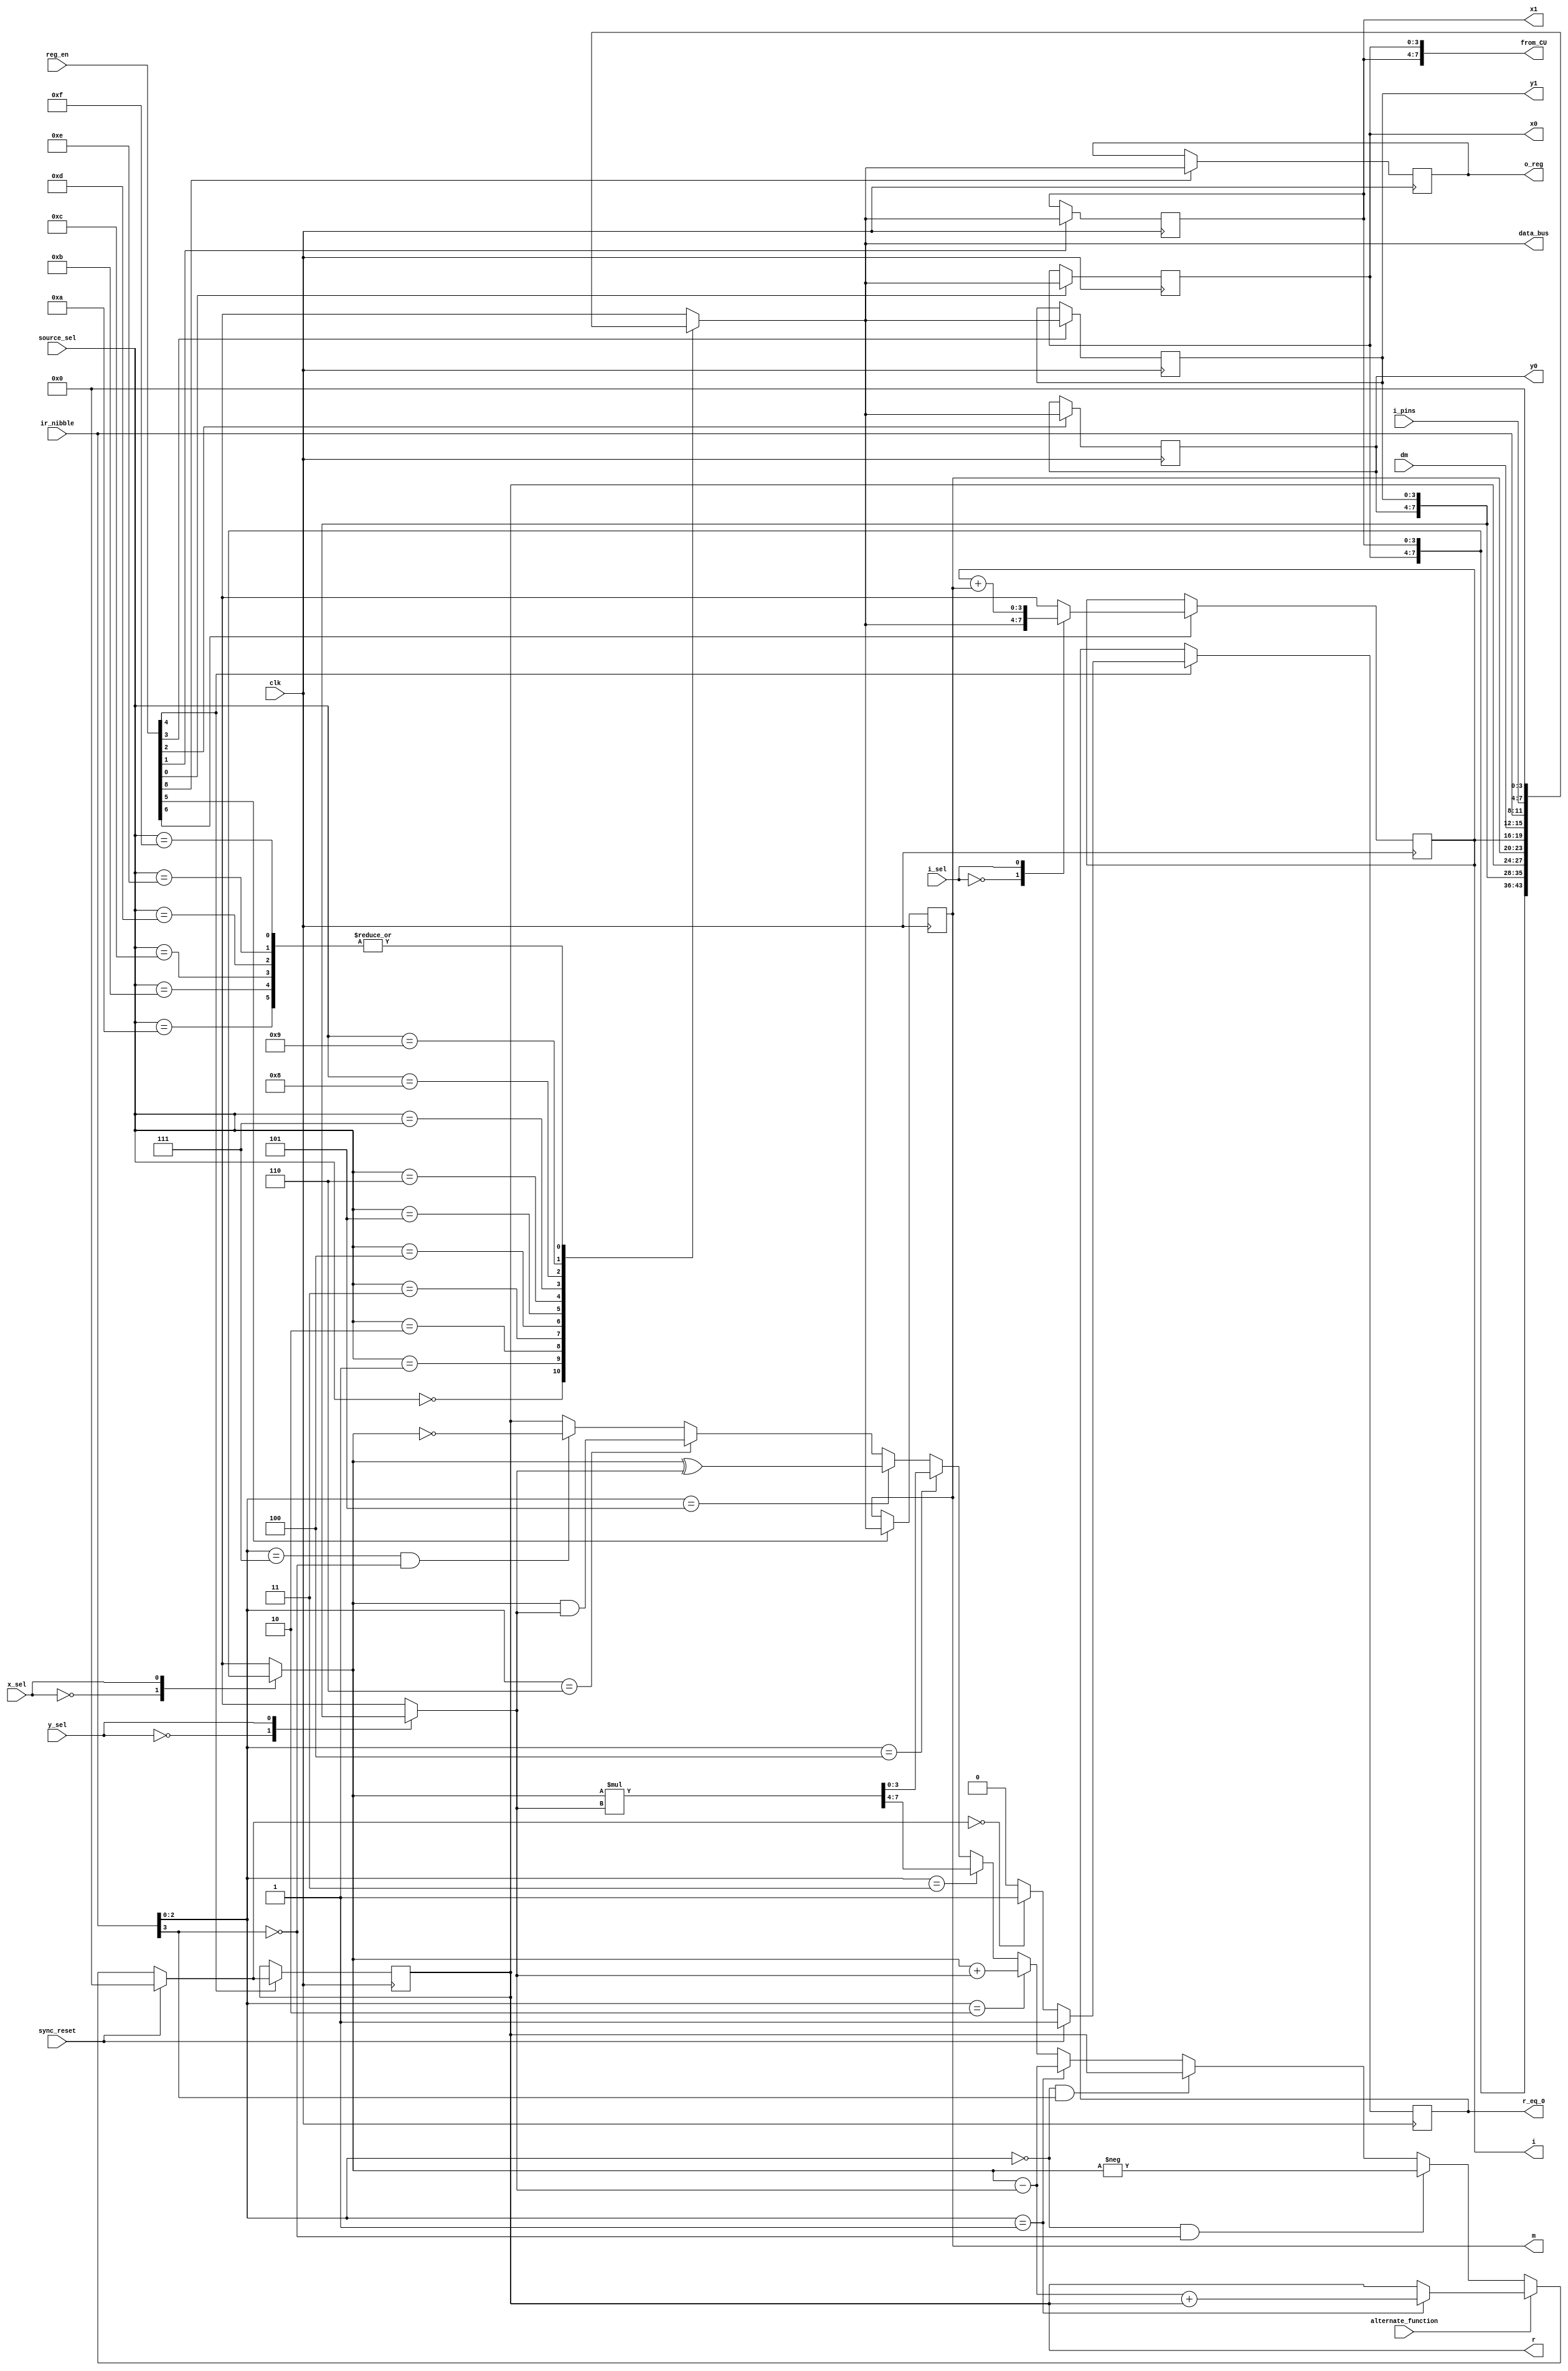
module Computational_unit_Q13(clk, sync_reset, r_eq_0, i_pins, ir_nibble, 
									i_sel, y_sel, x_sel, source_sel, reg_en,
									i, data_bus, dm, o_reg, from_CU,
									x0, x1, y0, y1, r, m, alternate_function
									);
						
input clk, sync_reset, i_sel, x_sel, y_sel, alternate_function;
input [3:0] i_pins, dm, source_sel, ir_nibble;
input [8:0] reg_en;
output reg r_eq_0;
output reg [3:0] i, o_reg, data_bus;
output reg [3:0] x0, x1, y0, y1, r, m;
output reg [7:0] from_CU;

reg alu_out_eq_0;
reg [2:0] alu_function;
reg [3:0] x, y, pm_data, i_mux, alu_out;
reg [7:0] alu_xy;

always @ *
from_CU = {x1, x0};

always @ *
pm_data = ir_nibble;

always @ *
alu_function = ir_nibble[2:0];

always @ *
case(source_sel)
	4'd0:	data_bus = x0;
	4'd1:	data_bus = x1;
	4'd2:	data_bus = y0;
	4'd3:	data_bus = y1;
	4'd4:	data_bus = r;
	4'd5:	data_bus = m;
	4'd6:	data_bus = i;
	4'd7:	data_bus = dm;
	4'd8:	data_bus = pm_data;
	4'd9:	data_bus = i_pins;
	4'd10:data_bus = 4'h0;
	4'd11:data_bus = 4'h0;
	4'd12:data_bus = 4'h0;
	4'd13:data_bus = 4'h0;
	4'd14:data_bus = 4'h0;
	4'd15:data_bus = 4'h0;
endcase

always @ (posedge clk)
if (reg_en[6] == 1'b1)
	i = i_mux;
else
	i = i;
	
always @ *
case(i_sel)
	1'd0:	i_mux = data_bus;
	1'd1:	i_mux = i + m;
endcase

always @ (posedge clk)
if (reg_en[5] == 1'b1)
	m = data_bus;
else
	m = m;

always @ (posedge clk)
if (reg_en[8] == 1'b1)
	o_reg = data_bus;
else
	o_reg = o_reg;
	
always @ (posedge clk)
if (reg_en[0] == 1'b1)
	x0 = data_bus;
else
	x0 = x0;
	
always @ (posedge clk)
if (reg_en[1] == 1'b1)
	x1 = data_bus;
else
	x1 = x1;
	
always @ (posedge clk)
if (reg_en[2] == 1'b1)
	y0 = data_bus;
else
	y0 = y0;
	
always @ (posedge clk)
if (reg_en[3] == 1'b1)
	y1 = data_bus;
else
	y1 = y1;
	
always @ *
case(x_sel)
	1'b0:	x = x0;
	1'b1:	x = x1;
endcase

always @ *
case(y_sel)
	1'b0:	y = y0;
	1'b1:	y = y1;
endcase

always @ (posedge clk)
if (reg_en[4] == 1'b1)
	r_eq_0 = alu_out_eq_0;
else
	r_eq_0 = r_eq_0;
	
always @ (posedge clk)
if (reg_en[4] == 1'b1)
	r = alu_out;
else
	r = r;
	
always @ *
alu_xy = x*y;
	
always @ *
if (sync_reset == 1'b1)
	alu_out = 4'h0;
else if (alternate_function)
	if (alu_function == 3'h1)
		alu_out = x - y + r;
	else
		alu_out = r;
else if ((alu_function == 3'b000) && (ir_nibble[3] == 1'b0))
	alu_out = -x;
else if ((alu_function == 3'b000) && (ir_nibble[3] == 1'b1))
	alu_out = r;
else if (alu_function == 3'b001)
	alu_out = x - y;
else if (alu_function == 3'b010)
	alu_out = x + y;
else if (alu_function == 3'b011)
	alu_out = alu_xy[7:4];
else if (alu_function == 3'b100)
	alu_out = alu_xy[3:0];
else if (alu_function == 3'b101)
	alu_out = x^y;
else if (alu_function == 3'b110)
	alu_out = x&y;
else if ((alu_function == 3'b111) && (ir_nibble[3] == 1'b0))
	alu_out = ~x;
else if ((alu_function == 3'b111) && (ir_nibble[3] == 1'b1))
	alu_out = r;
else
	alu_out = r;
		
always @ *
if (sync_reset == 1'b1)
	alu_out_eq_0 = 1'b1;
else if (alu_out == 4'h0)
	alu_out_eq_0 = 1'b1;
else
	alu_out_eq_0 = 1'b0;
		
endmodule